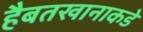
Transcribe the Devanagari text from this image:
हैबतखानाकडे